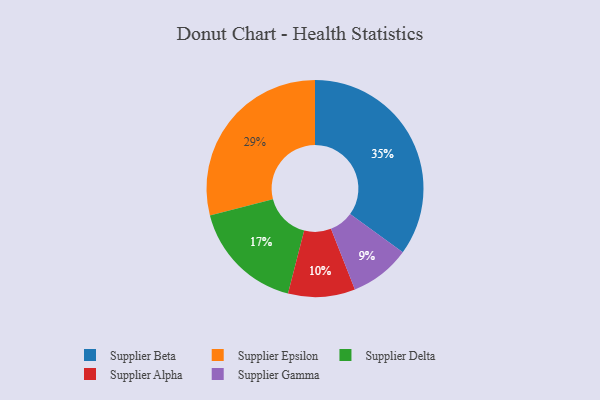
{"axis": {"x": "Category", "y": "Percentage"}, "legend": ["Supplier Alpha", "Supplier Beta", "Supplier Delta", "Supplier Epsilon", "Supplier Gamma"], "data": [{"x": "Supplier Gamma", "y": 9, "type": "Supplier Gamma"}, {"x": "Supplier Alpha", "y": 10, "type": "Supplier Alpha"}, {"x": "Supplier Beta", "y": 35, "type": "Supplier Beta"}, {"x": "Supplier Delta", "y": 17, "type": "Supplier Delta"}, {"x": "Supplier Epsilon", "y": 29, "type": "Supplier Epsilon"}]}